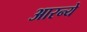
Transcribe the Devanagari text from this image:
आरन्ये